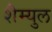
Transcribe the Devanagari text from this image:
शैम्युल